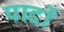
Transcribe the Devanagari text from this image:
पार्दो